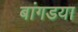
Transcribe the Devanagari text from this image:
बांगडया